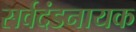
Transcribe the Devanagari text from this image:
सर्वदंडनायक